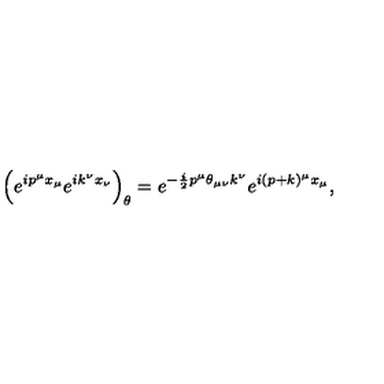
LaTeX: \left( e ^ { i p ^ { \mu } x _ { \mu } } e ^ { i k ^ { \nu } x _ { \nu } } \right) _ { \theta } = e ^ { - \frac { i } { 2 } p ^ { \mu } \theta _ { \mu \nu } k ^ { \nu } } e ^ { i ( p + k ) ^ { \mu } x _ { \mu } } ,